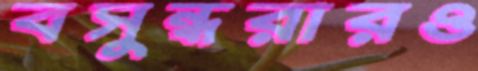
বসুন্ধরারও